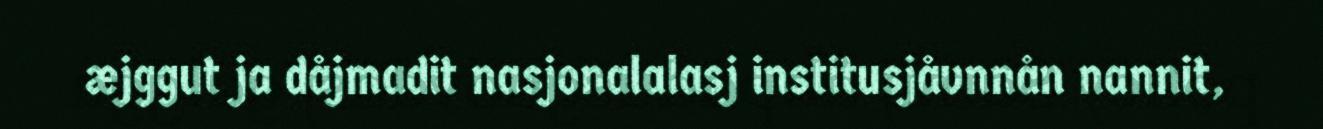
æjggut ja dåjmadit nasjonalalasj institusjåvnnån nannit,